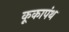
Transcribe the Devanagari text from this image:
कूकापंथ